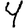
Digit: 4